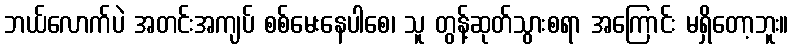
ဘယ်လောက်ပဲ အတင်းအကျပ် စစ်မေးနေပါစေ၊ သူ တွန့်ဆုတ်သွားစရာ အကြောင်း မရှိတော့ဘူး။